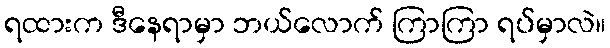
ရထားက ဒီနေရာမှာ ဘယ်လောက် ကြာကြာ ရပ်မှာလဲ။